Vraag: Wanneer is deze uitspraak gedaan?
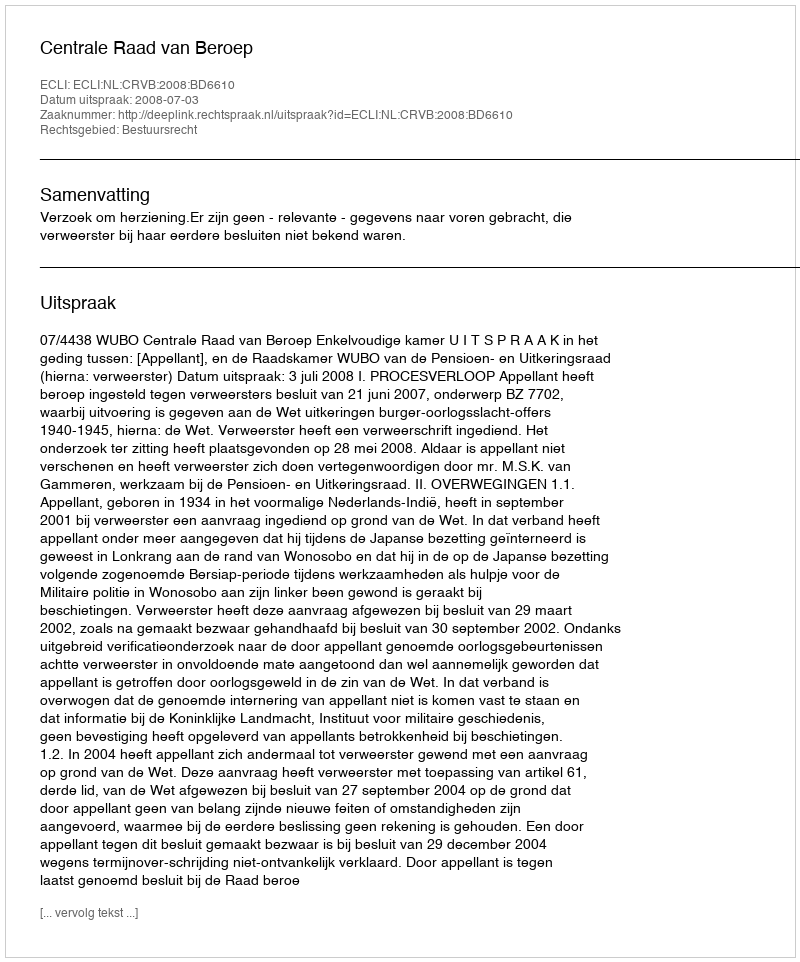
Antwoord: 2008-07-03